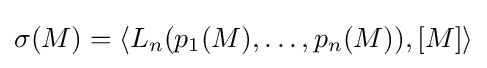
\sigma (M)=\langle L_{n}(p_{1}(M),\ldots ,p_{n}(M)),[M]\rangle